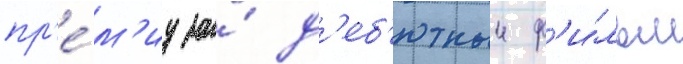
пр'е́м'иу за́ д'еб'ютныи ф'и́льм